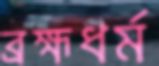
ব্রহ্মধর্ম